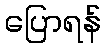
ပြောရန်